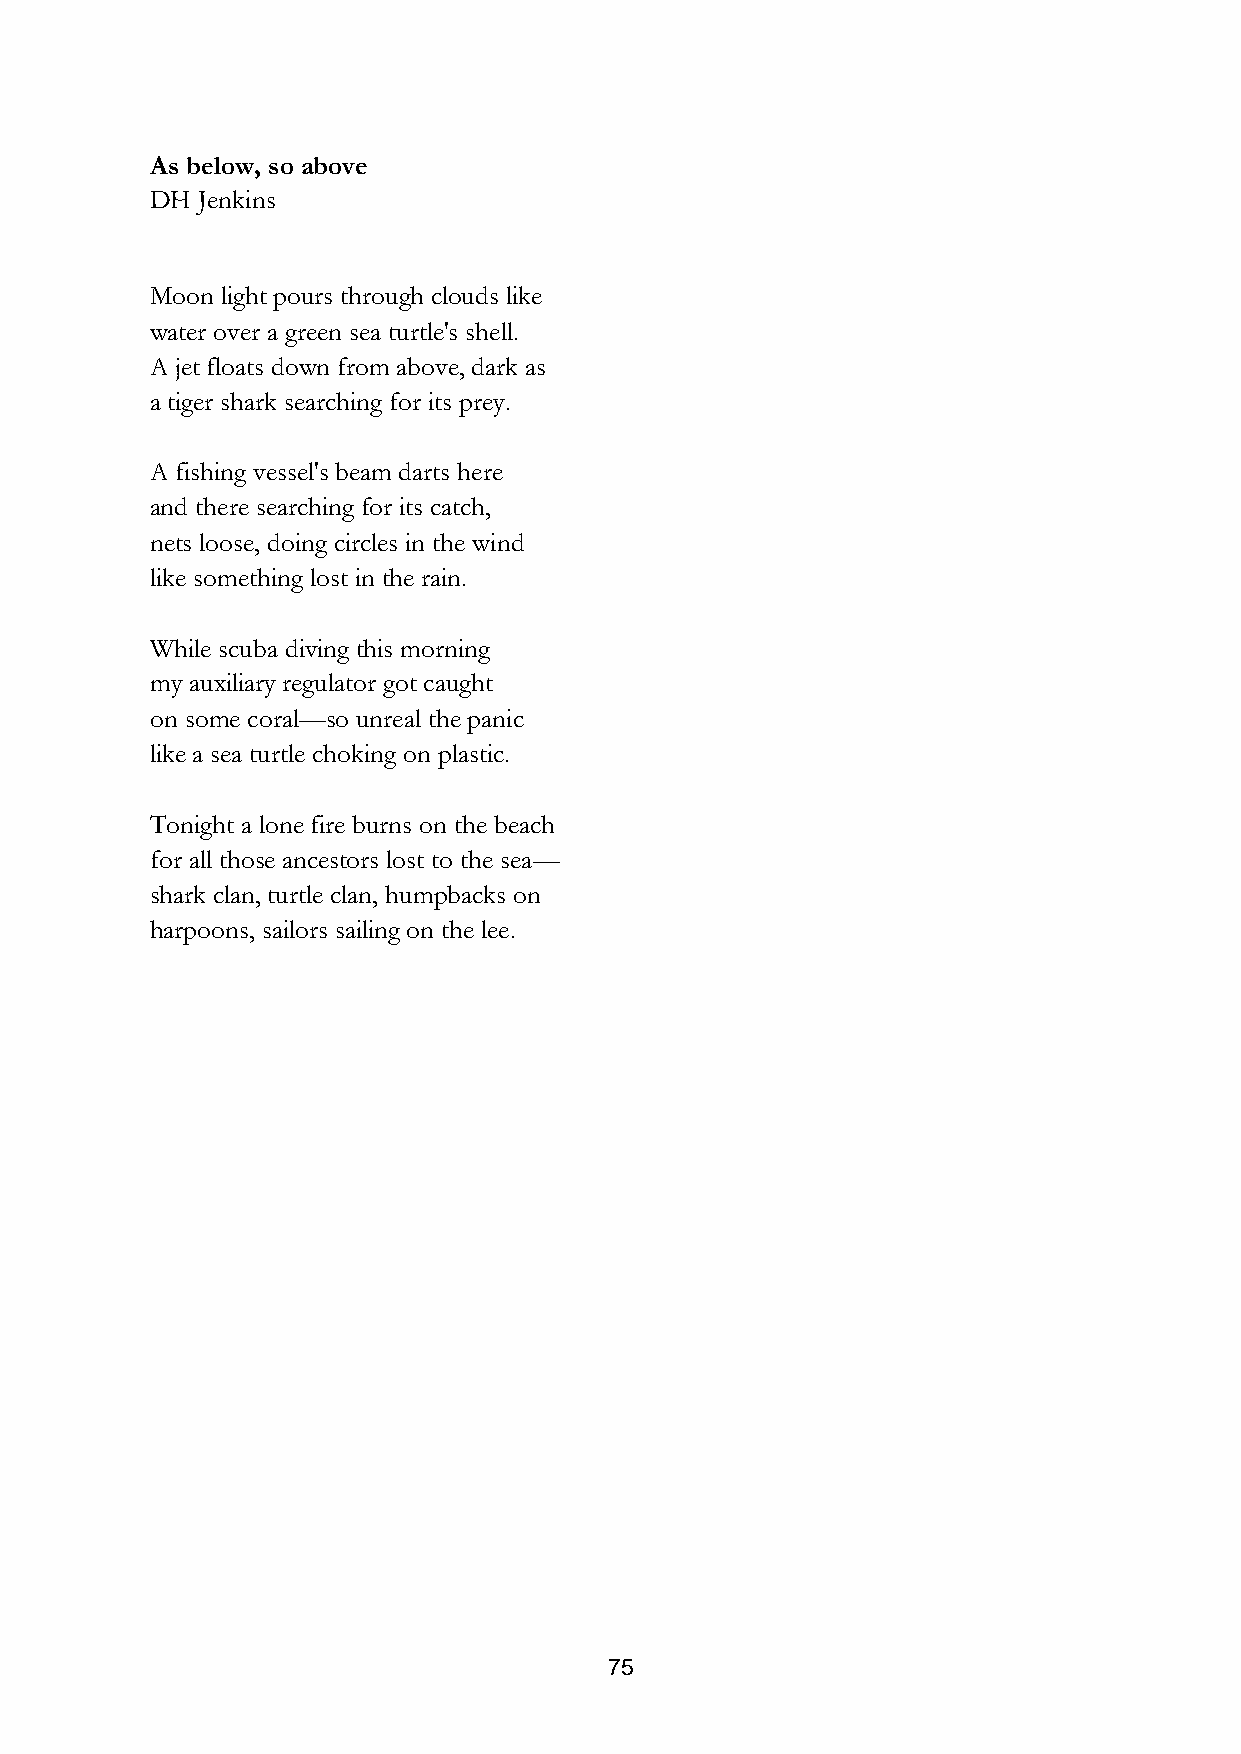
As below, so above
 DH Jenkins
 Moon light pours through clouds like
 water over a green sea turtle's shell.
 A jet floats down from above, dark as
 a tiger shark searching for its prey.
 A fishing vessel's beam darts here
 and there searching for its catch,
 nets loose, doing circles in the wind
 like something lost in the rain.
 While scuba diving this morning
 my auxiliary regulator got caught
 on some coral—so unreal the panic
 like a sea turtle choking on plastic.
 Tonight a lone fire burns on the beach
 for all those ancestors lost to the sea—
 shark clan, turtle clan, humpbacks on
 harpoons, sailors sailing on the lee.
 75